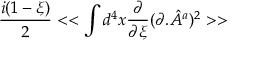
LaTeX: \frac { i ( 1 - \xi ) } { 2 } < < \int d ^ { 4 } x \frac { \partial } { \partial \xi } ( \partial . { \hat { A } } ^ { a } ) ^ { 2 } > >